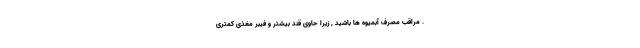
. مراقب مصرف آبمیوه ها باشید , زیرا حاوی قند بیشتر و فیبر مغذی کمتری